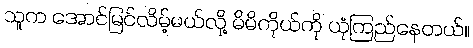
သူက အောင်မြင်လိမ့်မယ်လို့ မိမိကိုယ်ကို ယုံကြည်နေတယ်။